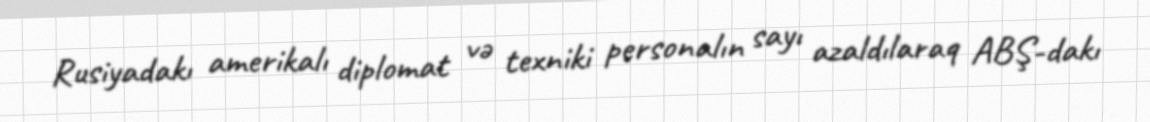
Rusiyadakı amerikalı diplomat və texniki personalın sayı azaldılaraq ABŞ-dakı